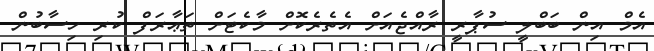
އެމް އިން ބަބްލީ ސުޕާރީ ރާއްޖެއަށް އެތެރެކޮށް މާކެޓަށް ތަޢާރަފް ކުރި ހިސާބުން